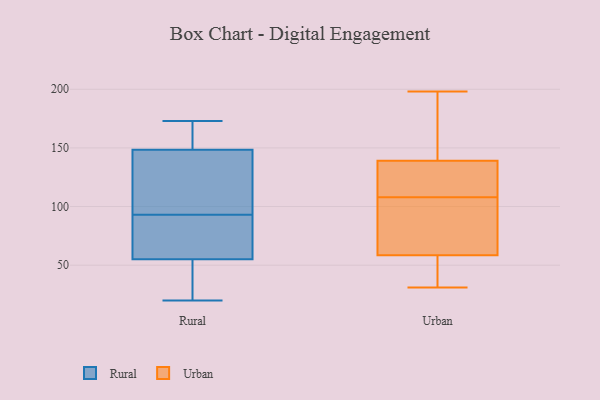
{"axis": {"x": "Humidity (%)", "y": "Value"}, "legend": ["Rural", "Urban"], "data": [{"x": "", "y": 153, "type": "Rural"}, {"x": "", "y": 53, "type": "Rural"}, {"x": "", "y": 111, "type": "Rural"}, {"x": "", "y": 57, "type": "Rural"}, {"x": "", "y": 20, "type": "Rural"}, {"x": "", "y": 144, "type": "Rural"}, {"x": "", "y": 173, "type": "Rural"}, {"x": "", "y": 66, "type": "Rural"}, {"x": "", "y": 155, "type": "Rural"}, {"x": "", "y": 139, "type": "Rural"}, {"x": "", "y": 31, "type": "Rural"}, {"x": "", "y": 75, "type": "Rural"}, {"x": "", "y": 188, "type": "Urban"}, {"x": "", "y": 124, "type": "Urban"}, {"x": "", "y": 42, "type": "Urban"}, {"x": "", "y": 102, "type": "Urban"}, {"x": "", "y": 144, "type": "Urban"}, {"x": "", "y": 31, "type": "Urban"}, {"x": "", "y": 149, "type": "Urban"}, {"x": "", "y": 104, "type": "Urban"}, {"x": "", "y": 177, "type": "Urban"}, {"x": "", "y": 72, "type": "Urban"}, {"x": "", "y": 112, "type": "Urban"}, {"x": "", "y": 41, "type": "Urban"}, {"x": "", "y": 108, "type": "Urban"}, {"x": "", "y": 113, "type": "Urban"}, {"x": "", "y": 99, "type": "Urban"}, {"x": "", "y": 54, "type": "Urban"}, {"x": "", "y": 198, "type": "Urban"}, {"x": "", "y": 42, "type": "Urban"}, {"x": "", "y": 108, "type": "Urban"}]}